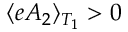
\langle e A _ { 2 } \rangle _ { T _ { 1 } } > 0